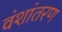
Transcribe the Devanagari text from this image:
वंशांतरण